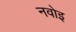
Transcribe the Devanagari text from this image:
नवोइ